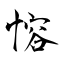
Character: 愹